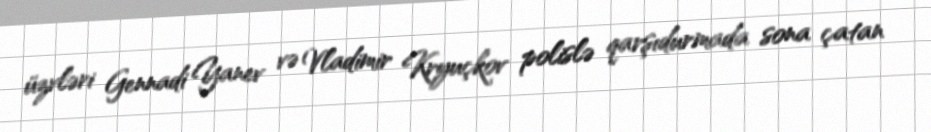
üzvləri Gennadi Yanev və Vladimir Kryuçkov polislə qarşıdurmada sona çatan